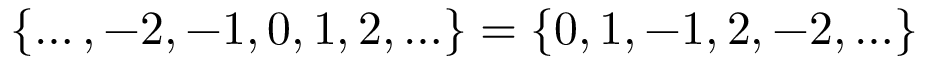
\{ \ldots , - 2 , - 1 , 0 , 1 , 2 , \ldots \} = \{ 0 , 1 , - 1 , 2 , - 2 , \ldots \}